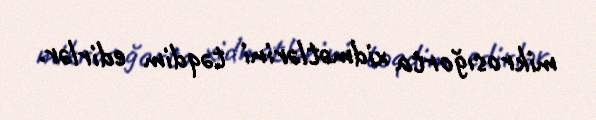
mikrosığorta xidmətlərini təqdim edirlər.